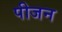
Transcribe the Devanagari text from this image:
पीजन